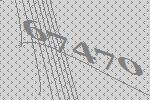
67470